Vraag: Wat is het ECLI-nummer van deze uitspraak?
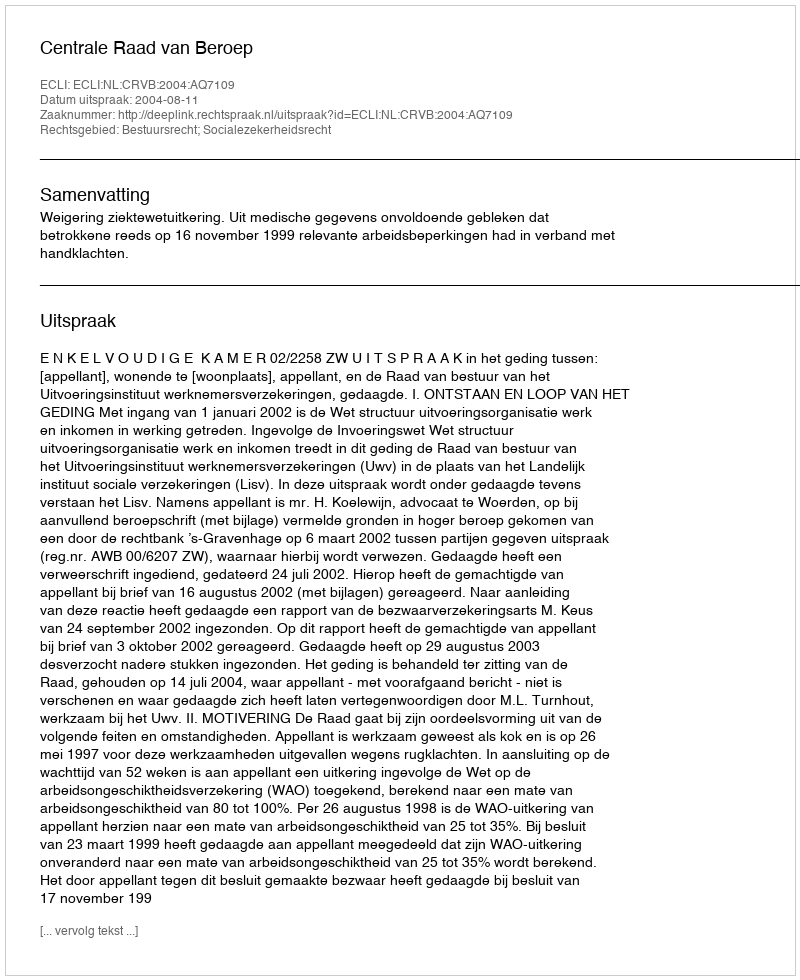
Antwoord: ECLI:NL:CRVB:2004:AQ7109